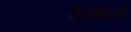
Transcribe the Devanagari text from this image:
ऐडसेंससे